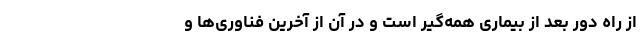
از راه دور بعد از بیماری همه‌گیر است و در آن از آخرین فناوری‌ها و